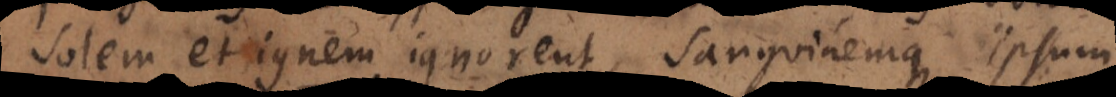
solem et ignem ignorent, sanguinemque ipsum